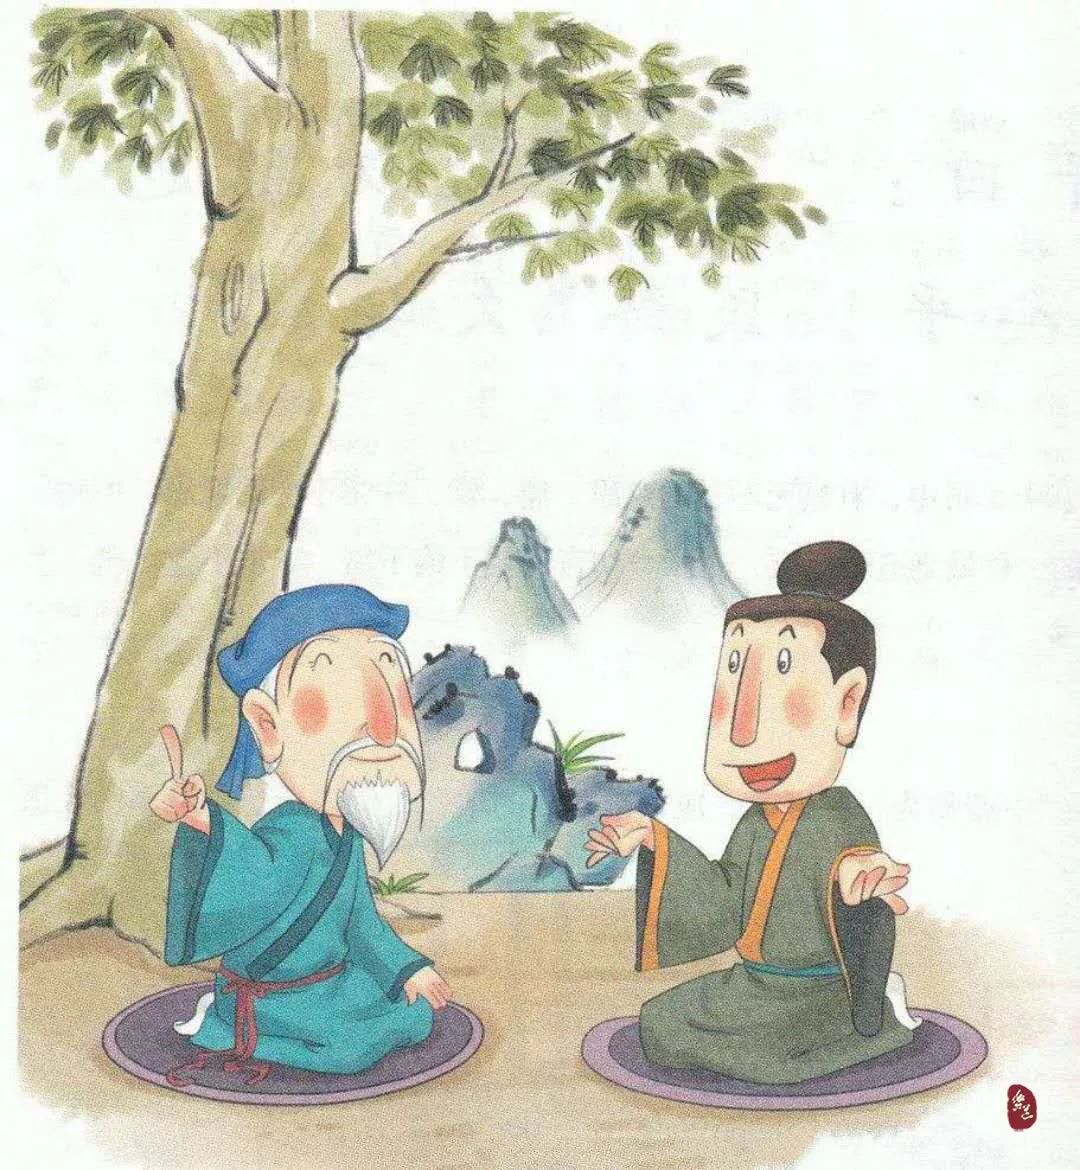
三人行，必有我师焉，择其善者而从之，其不善者而改之。